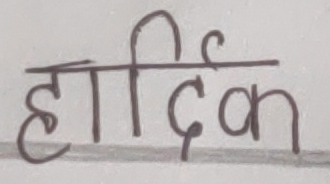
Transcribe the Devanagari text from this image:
हार्दिक